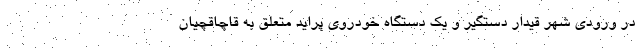
در ورودی شهر قیدار دستگیر و یک دستگاه خودروی پراید متعلق به قاچاقچیان